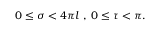
0 \leq \sigma < 4 \pi l \; , \; 0 \leq \tau < \pi .